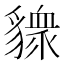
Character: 䝦